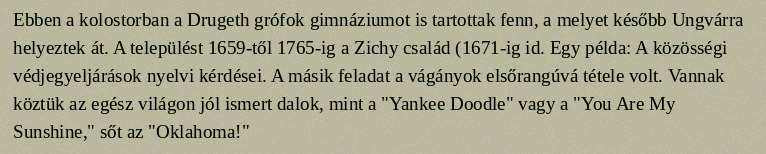
Ebben a kolostorban a Drugeth grófok gimnáziumot is tartottak fenn, a melyet később Ungvárra helyeztek át. A települést 1659-től 1765-ig a Zichy család (1671-ig id. Egy példa: A közösségi védjegyeljárások nyelvi kérdései. A másik feladat a vágányok elsőrangúvá tétele volt. Vannak köztük az egész világon jól ismert dalok, mint a "Yankee Doodle" vagy a "You Are My Sunshine," sőt az "Oklahoma!"